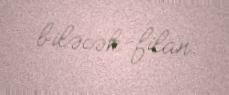
biləcək-filan.